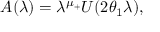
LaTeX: A ( \lambda ) = \lambda ^ { \mu _ { + } } U ( 2 \theta _ { 1 } \lambda ) ,